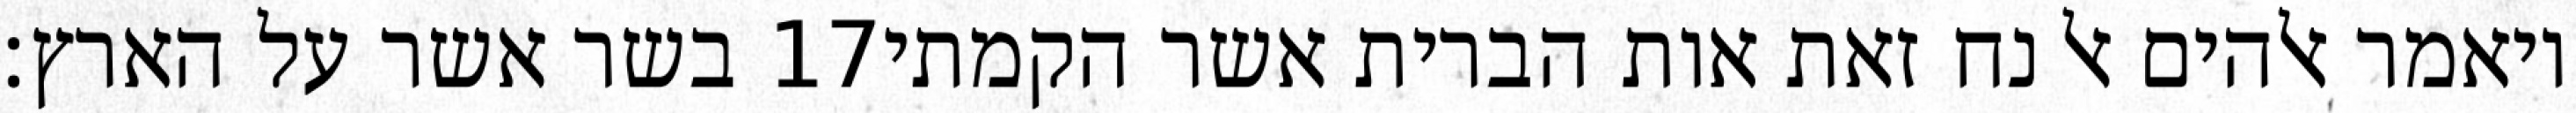
בשר אשר על הארץ׃ ‎17‏ ויאמר אלהים אל נח זאת אות הברית אשר הקמתי